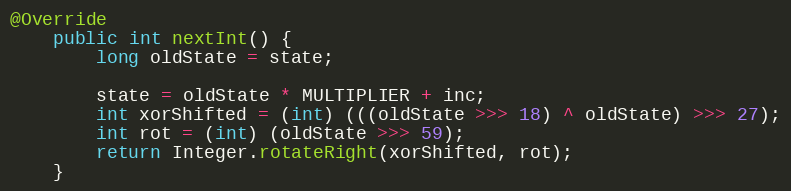
Language: Java
@Override
    public int nextInt() {
        long oldState = state;

        state = oldState * MULTIPLIER + inc;
        int xorShifted = (int) (((oldState >>> 18) ^ oldState) >>> 27);
        int rot = (int) (oldState >>> 59);
        return Integer.rotateRight(xorShifted, rot);
    }